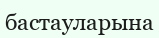
бастауларына